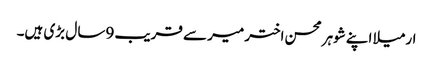
ارمیلا اپنے شوہر محسن اختر میر سے قریب 9سا ل بڑی ہیں۔